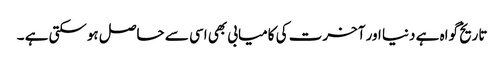
تاریخ گواہ ہے دنیا اور آخرت کی کامیابی بھی اسی سے حاصل ہوسکتی ہے ۔